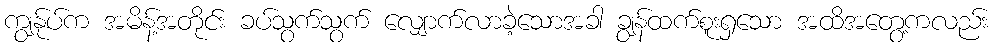
ကျွန်ုပ်က အမိန့်အတိုင်း ခပ်သွက်သွက် လျှောက်လာခဲ့သောအခါ ချွန်ထက်စူးရှသော အထိအတွေ့ကလည်း